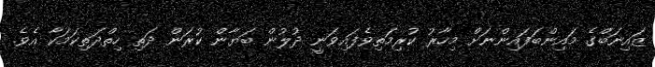
ޒައިނަބްގެ މައިންބަފައިންނަށް މިހާރު ކުރިމަތިވެފައިވަނީ ދުލުން ބަޔާން ކުރަން ދަތި ހިތްދަތިކަމަކާ އެވެ.